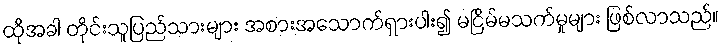
ထိုအခါ တိုင်းသူပြည်သားများ အစားအသောက်ရှားပါး၍ မငြိမ်မသက်မှုများ ဖြစ်လာသည်။